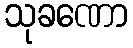
သုခဏော